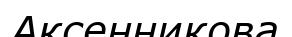
Аксенникова